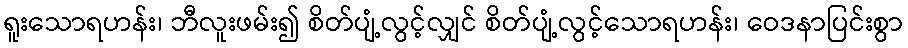
ရူးသောရဟန်း၊ ဘီလူးဖမ်း၍ စိတ်ပျံ့လွင့်လျှင် စိတ်ပျံ့လွင့်သောရဟန်း၊ ဝေဒနာပြင်းစွာ